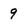
Character: 9